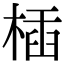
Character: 㮑